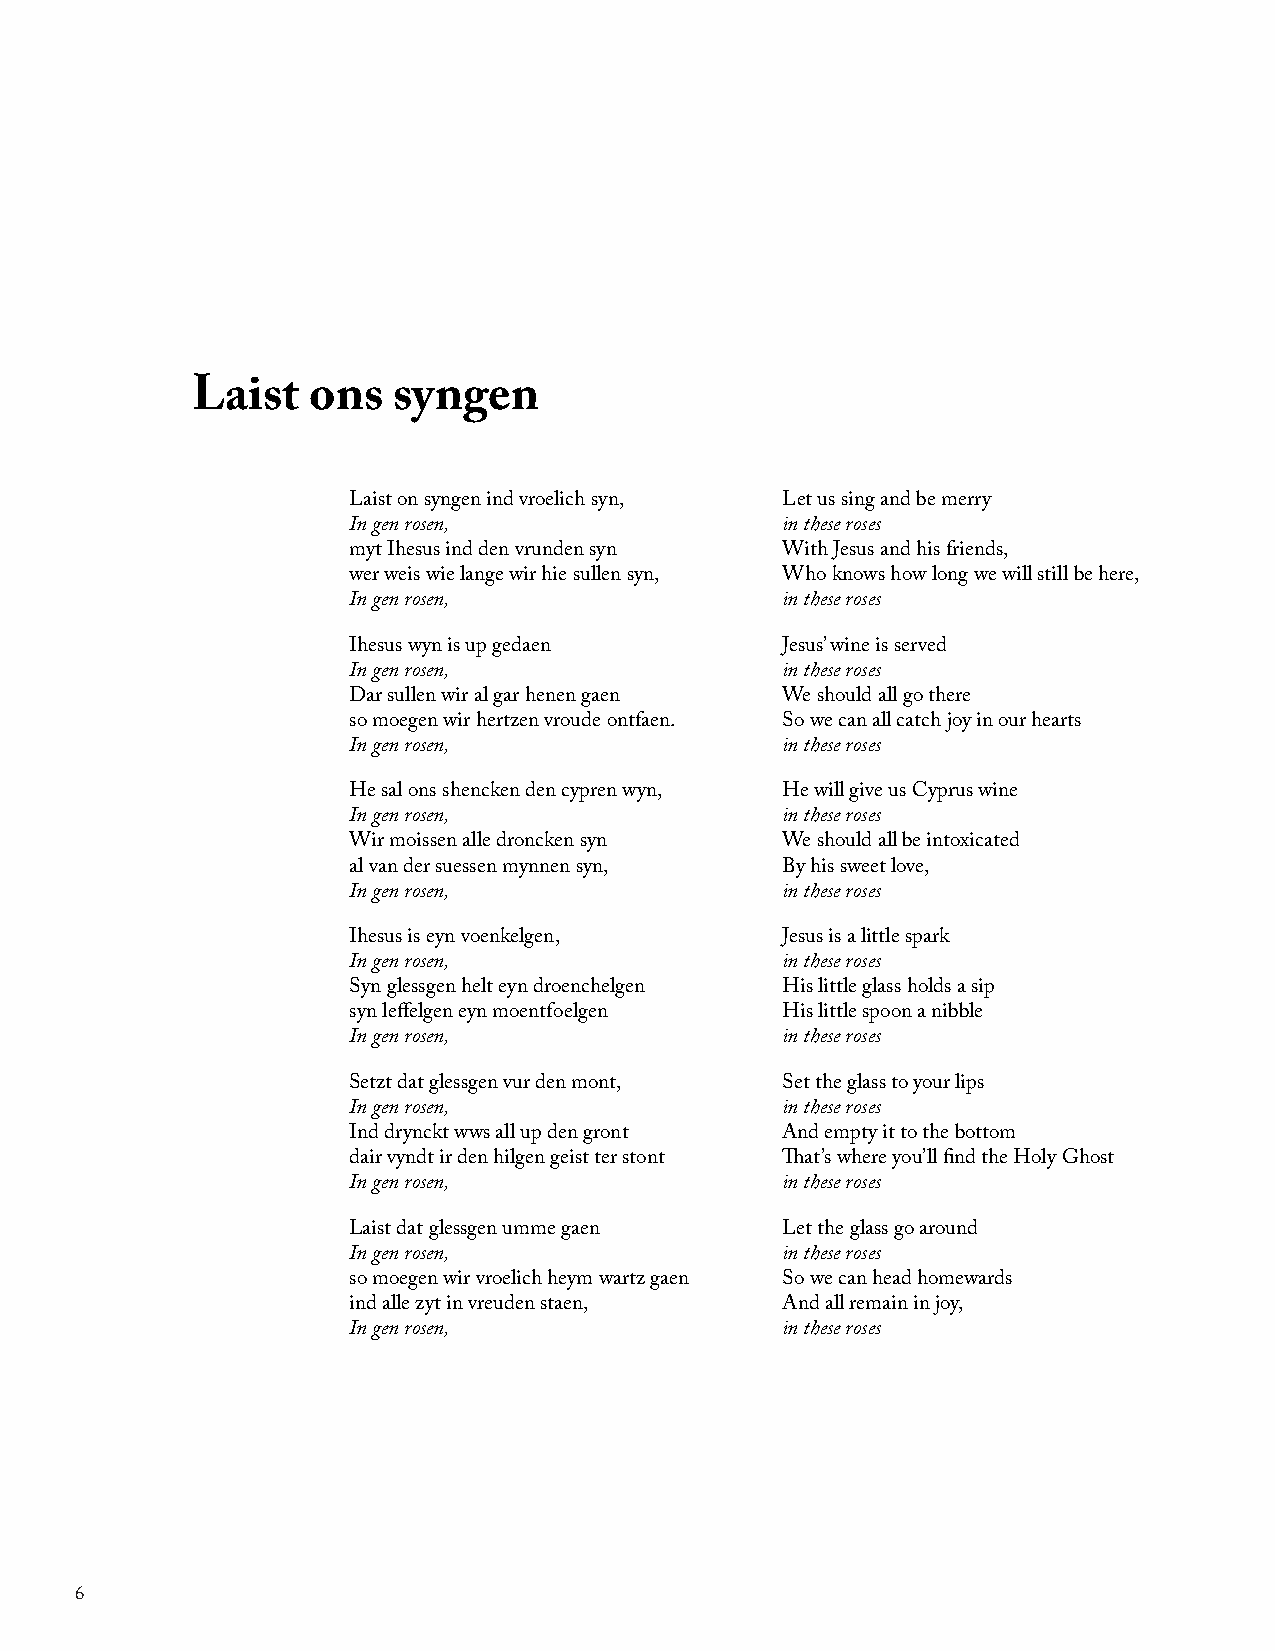
Laist  ons   syngen
 Laist on syngen ind vroelich syn, Let us sing and be merry
 In gen rosen,                in these roses
 myt Ihesus ind den vrunden syn With Jesus and his friends,
 wer weis wie lange wir hie sullen syn, Who knows how long we will still be here,
 In gen rosen,                in these roses
 Ihesus wyn is up gedaen      Jesus’ wine is served
 In gen rosen,                in these roses
 Dar sullen wir al gar henen gaen We should all go there
 so moegen wir hertzen vroude ontfaen. So we can all catch joy in our hearts
 In gen rosen,                in these roses
 He sal ons shencken den cypren wyn, He will give us Cyprus wine
 In gen rosen,                in these roses
 Wir moissen alle droncken syn We should all be intoxicated
 al van der suessen mynnen syn, By his sweet love,
 In gen rosen,                in these roses
 Ihesus is eyn voenkelgen,    Jesus is a little spark
 In gen rosen,                in these roses
 Syn glessgen helt eyn droenchelgen His little glass holds a sip
 syn leffelgen eyn moentfoelgen His little spoon a nibble
 In gen rosen,                in these roses
 Setzt dat glessgen vur den mont, Set the glass to your lips
 In gen rosen,                in these roses
 Ind drynckt wws all up den gront And empty it to the bottom
 dair vyndt ir den hilgen geist ter stont That’s where you’ll find the Holy Ghost
 In gen rosen,                in these roses
 Laist dat glessgen umme gaen Let the glass go around
 In gen rosen,                in these roses
 so moegen wir vroelich heym wartz gaen So we can head homewards
 ind alle zyt in vreuden staen, And all remain in joy,
 In gen rosen,                in these roses
 6